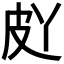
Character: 𱲀